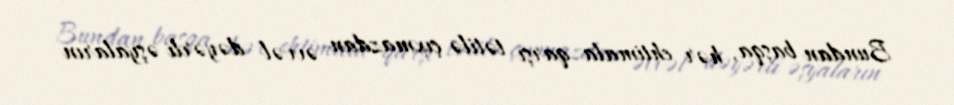
Bundan başqa, hər ehtimala qarşı tətilə çıxmazdan əvvəl dəyərli əşyaların